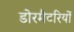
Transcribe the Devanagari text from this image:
डोरमैटरियों